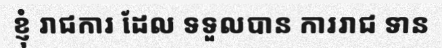
ខ្ញុំ រាជការ ដែល ទទួលបាន ការរាជ ទាន